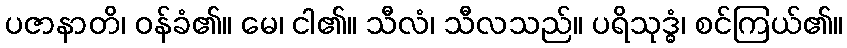
ပဇာနာတိ၊ ဝန်ခံ၏။ မေ၊ ငါ၏။ သီလံ၊ သီလသည်။ ပရိသုဒ္ဓံ၊ စင်ကြယ်၏။